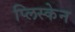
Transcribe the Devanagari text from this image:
प्लिस्केन